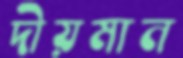
দীয়মান